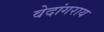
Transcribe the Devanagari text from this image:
वेदांगराय